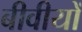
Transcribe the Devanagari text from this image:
बीवीयों